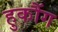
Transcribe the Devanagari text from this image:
हुकौंग